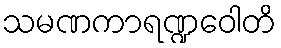
သမဏကာရဏ္ဍဝေါတိ